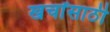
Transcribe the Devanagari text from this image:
खर्चांसाठी